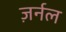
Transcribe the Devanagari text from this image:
ज़र्नल